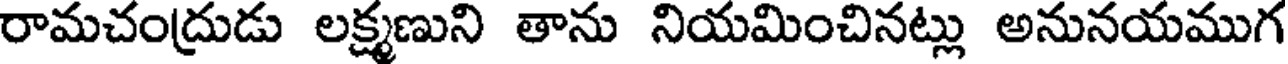
రామచంద్రుడు లక్ష్మణుని తాను నియమించినట్లు అనునయముగ